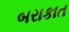
બરાકાત